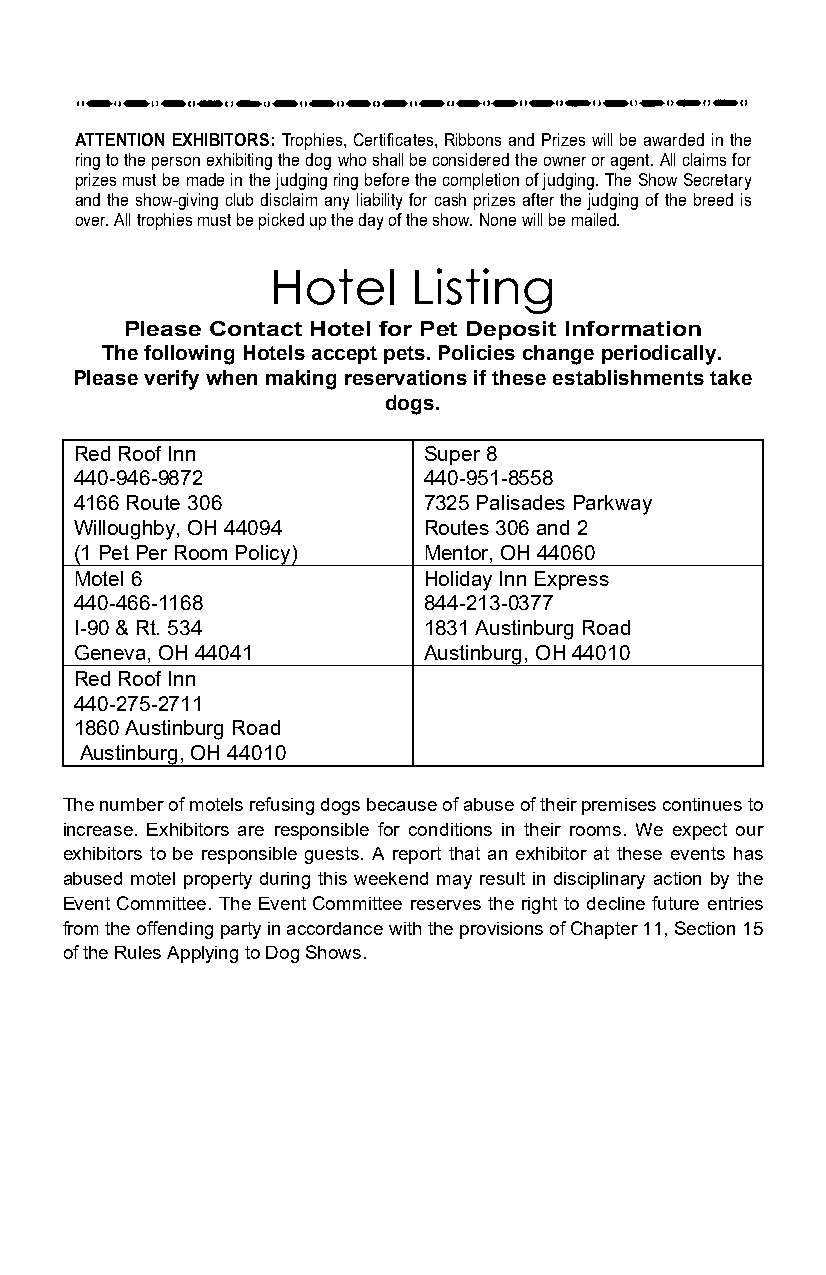
ATTENTION EXHIBITORS: Trophies, Certificates, Ribbons and Prizes will be awarded in the
 ring to the person exhibiting the dog who shall be considered the owner or agent. All claims for
 prizes must be made in the judging ring before the completion of judging. The Show Secretary
 and the show-giving club disclaim any liability for cash prizes after the judging of the breed is
 over. All trophies must be picked up the day of the show. None will be mailed.
 Hotel    Listing
 Please Contact Hotel for Pet Deposit Information
 The following Hotels accept pets. Policies change periodically.
 Please verify when making reservations if these establishments take
 dogs.
 Red Roof Inn           Super 8
 440-946-9872           440-951-8558
 4166 Route 306         7325 Palisades Parkway
 Willoughby, OH 44094   Routes 306 and 2
 (1 Pet Per Room Policy) Mentor, OH 44060
 Motel 6                Holiday Inn Express
 440-466-1168           844-213-0377
 I-90 & Rt. 534         1831 Austinburg Road
 Geneva, OH 44041       Austinburg, OH 44010
 Red Roof Inn
 440-275-2711
 1860 Austinburg Road
 Austinburg, OH 44010
 The number of motels refusing dogs because of abuse of their premises continues to
 increase. Exhibitors are responsible for conditions in their rooms. We expect our
 exhibitors to be responsible guests. A report that an exhibitor at these events has
 abused motel property during this weekend may result in disciplinary action by the
 Event Committee. The Event Committee reserves the right to decline future entries
 from the offending party in accordance with the provisions of Chapter 11, Section 15
 of the Rules Applying to Dog Shows.